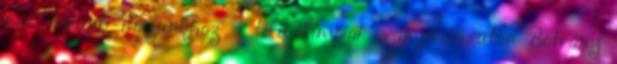
nem térünk magunkhoz a téli olimpiai aranyérem után Botrány